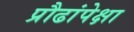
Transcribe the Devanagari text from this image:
प्रौढांपेक्षा